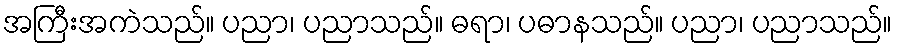
အကြီးအကဲသည်။ ပညာ၊ ပညာသည်။ ဓရာ၊ ပဓာနသည်။ ပညာ၊ ပညာသည်။